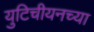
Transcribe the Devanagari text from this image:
युटिचीयनच्या